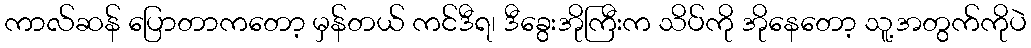
ကာလ်ဆန် ပြောတာကတော့ မှန်တယ် ကင်ဒီရ၊ ဒီခွေးအိုကြီးက သိပ်ကို အိုနေတော့ သူ့အတွက်ကိုပဲ